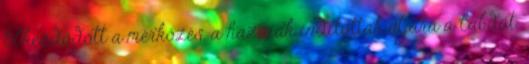
Elkezdődött a mérkőzés, a hazaiak indították útjára a labdát.